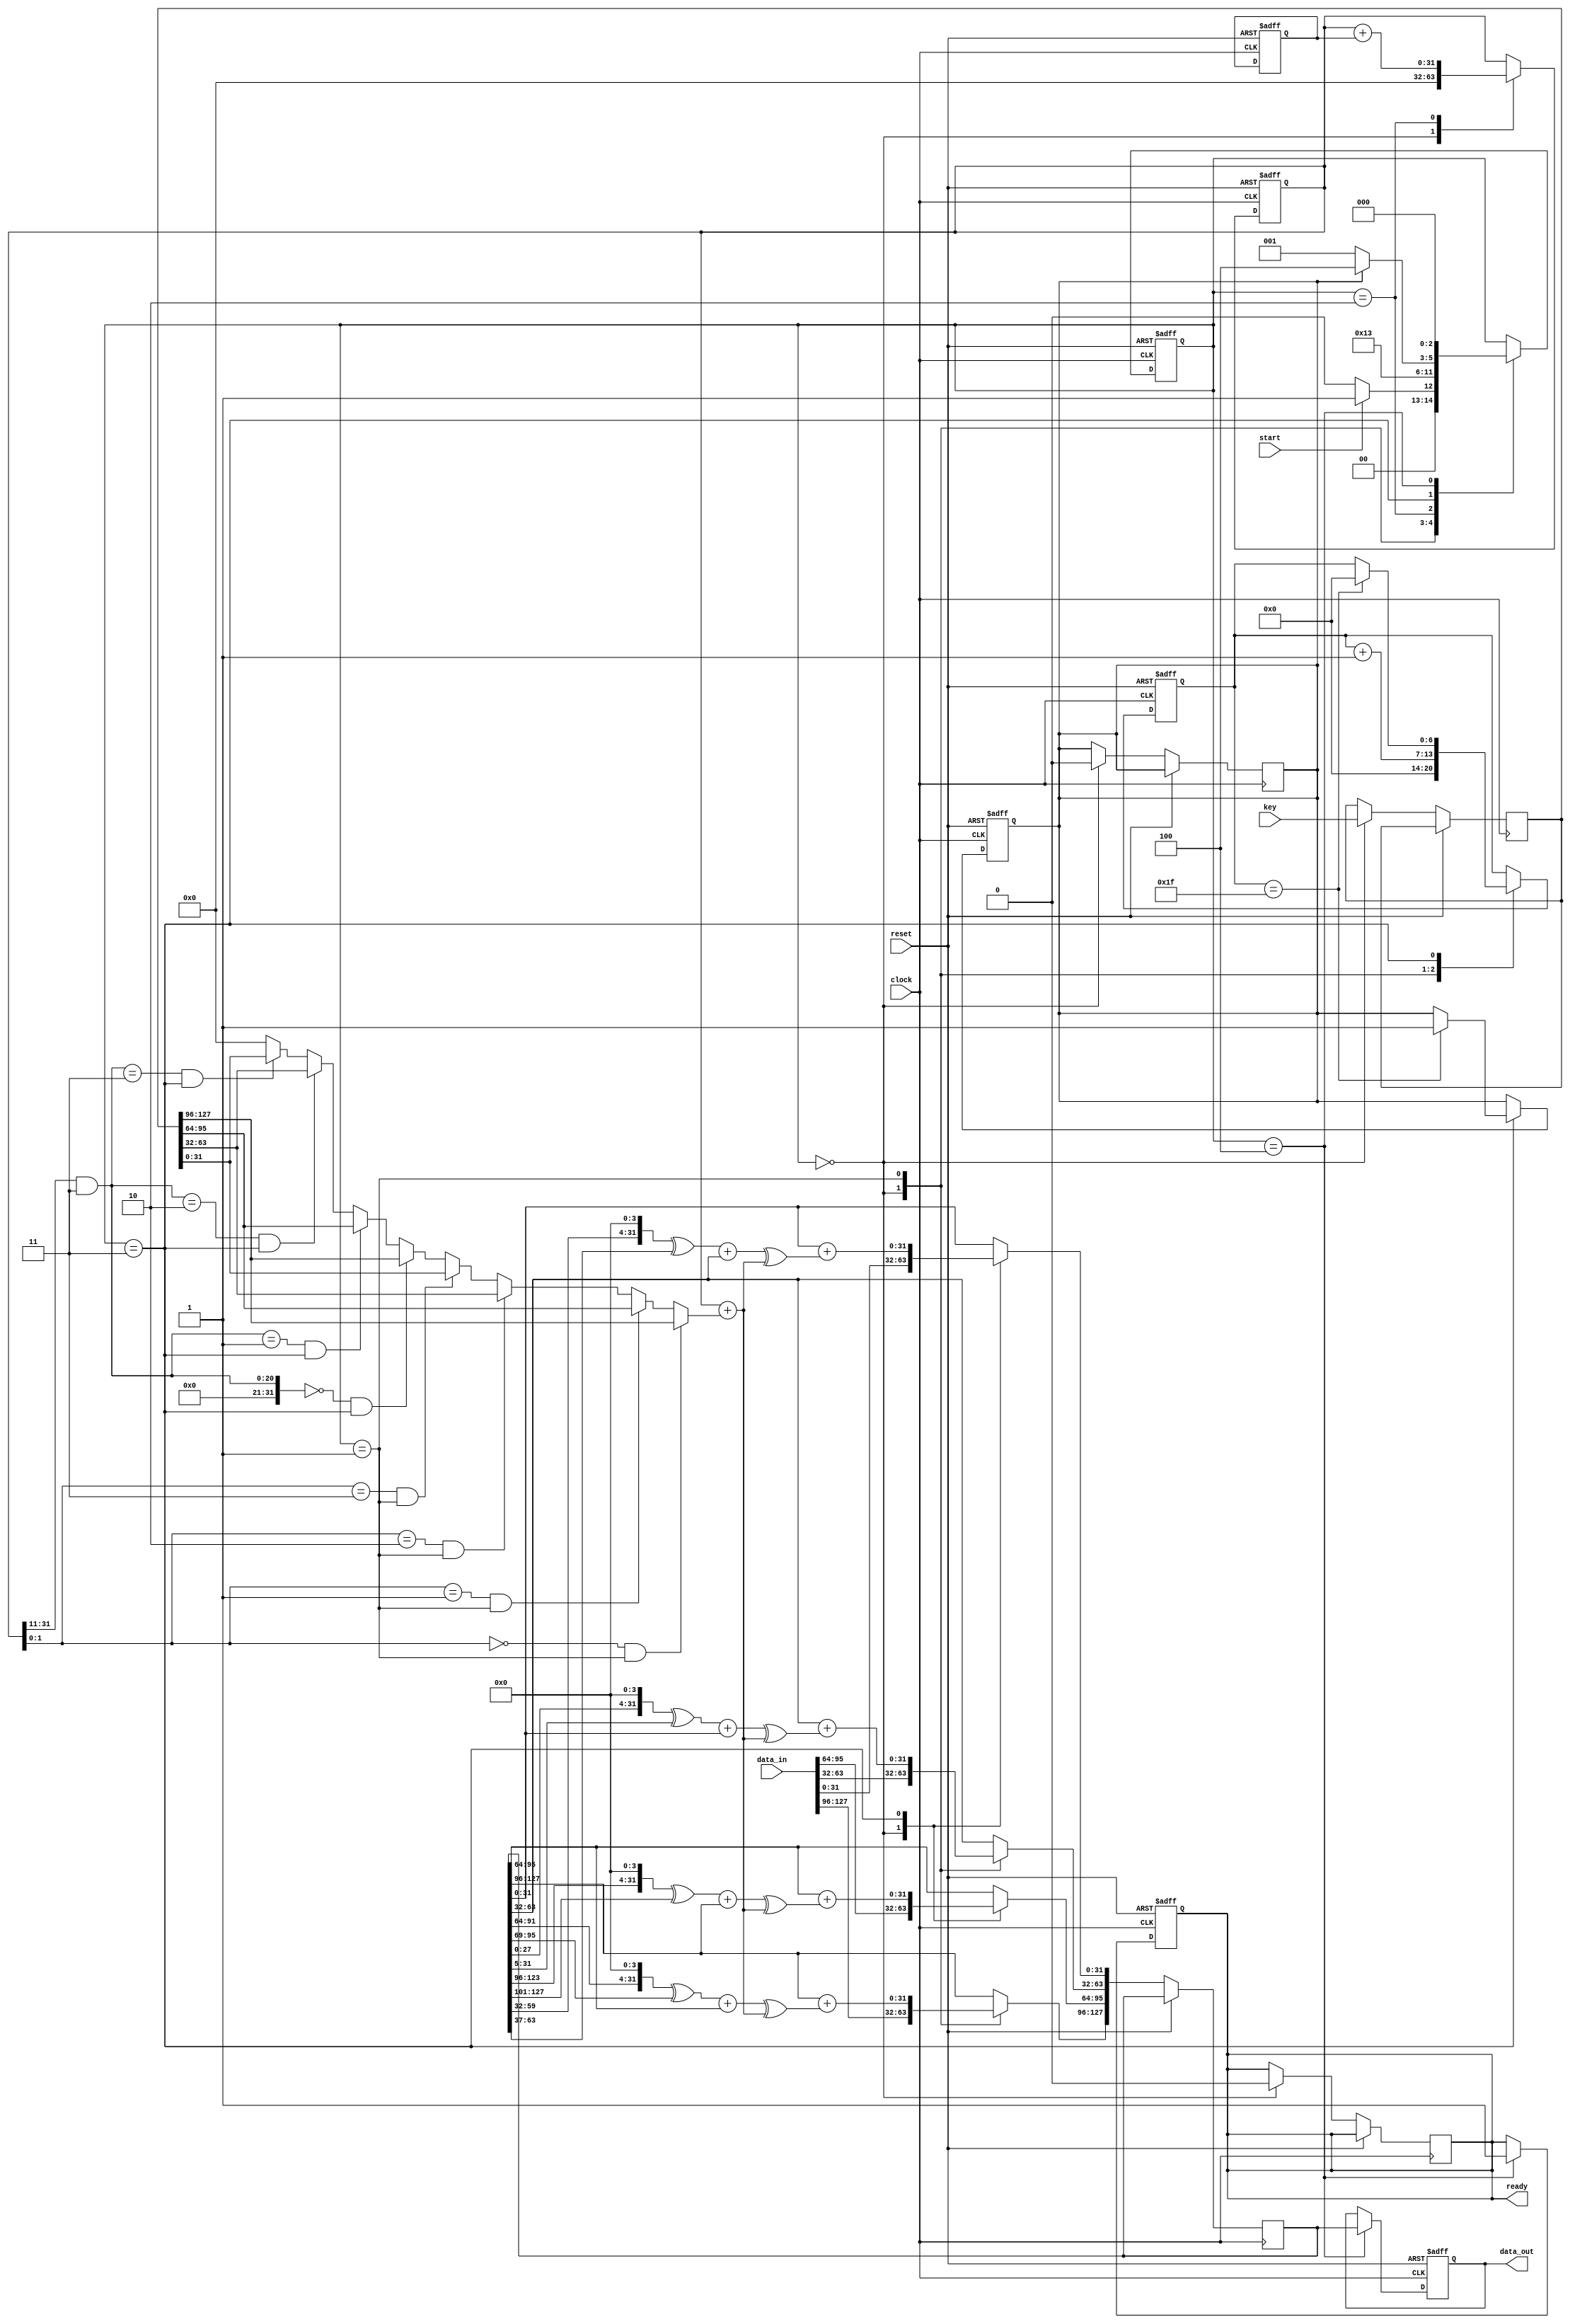
module xtea_enc#(parameter 
    WORD_SIZE = 128
)(
    input clock,
    input reset,
    input [(WORD_SIZE-1):0] data_in, key,
    input start,

    output ready,
    output [(WORD_SIZE-1):0]data_out
);

localparam  S_WAITING = 3'B000,
        S_ENC_PHASE_1 = 3'B001,
            S_ENC_SUM = 3'B010,
        S_ENC_PHASE_2 = 3'B011,
              S_READY = 3'B100;
              


wire [31:0] valor0, valor1;
reg ready_int, enc_done;
reg [2:0] EA;
reg [6:0] count;
reg [(WORD_SIZE-1):0]data_out_int;
reg [(WORD_SIZE-1):0]data_encrypted;
reg [(WORD_SIZE-1):0]key_int;
wire [(WORD_SIZE/4-1):0]key_word;

reg [31:0] sum, delta;
wire [31:0]y0,z0,y1,z1,k0,k1,k2,k3;
assign ready = ready_int;
assign k3 = key_int[31:0];
assign k2 = key_int[63:32];
assign k1 = key_int[95:64];
assign k0 = key_int[127:96];
assign y0 = data_encrypted[127:96];
assign z0 = data_encrypted[95:64];
assign y1 = data_encrypted[63:32];
assign z1 = data_encrypted[31:0];

assign key_word =  (sum[1:0]==2'b00) && EA == S_ENC_PHASE_1 ? k0:
                   (sum[1:0]==2'b01) && EA == S_ENC_PHASE_1 ? k1:
                   (sum[1:0]==2'b10) && EA == S_ENC_PHASE_1 ? k2:
                   (sum[1:0]==2'b11) && EA == S_ENC_PHASE_1 ? k3:
                   ((sum>>11 & 2'b11)==2'b00) && EA == S_ENC_PHASE_2 ? k0:
                   ((sum>>11 & 2'b11)==2'b01) && EA == S_ENC_PHASE_2 ? k1:
                   ((sum>>11 & 2'b11)==2'B10) && EA == S_ENC_PHASE_2 ? k2:
                   ((sum>>11 & 2'b11)==2'b11) && EA == S_ENC_PHASE_2 ? k3: 0;





always @(posedge clock or posedge reset) begin
    if (reset) begin
        EA <= S_WAITING;
    end else begin
        case (EA)
            S_WAITING: begin
                ready_int <= 0;
                enc_done <= 0;
                if (start) begin
                    EA <= S_ENC_PHASE_1;
                end else begin
                    EA <= S_WAITING;
                end
            end
            S_ENC_PHASE_1: begin                
                EA <= S_ENC_SUM;
            end
            S_ENC_SUM: begin
                EA <= S_ENC_PHASE_2;
            end
            S_ENC_PHASE_2: begin
                if (enc_done) begin
                    EA <= S_READY;
                end else begin
                    EA <= S_ENC_PHASE_1;
                end
            end
            S_READY: begin
                EA <= S_WAITING;
            end
        endcase
    end
end

always @(posedge clock or posedge reset) begin
    if (reset) begin
        count <= 0;
        data_out_int <= 0;
        sum <= 0;
        delta <= 32'h9E3779B9;
        ready_int <= 0;
        enc_done <= 0;
    end else begin
        case (EA)
            S_WAITING: begin
                data_encrypted <= data_in;
                key_int <= key;
                sum <= 0;
                count <= 0;
            end
            S_ENC_PHASE_1: begin
                count <= count + 1;
                data_encrypted[127:96] <= y0+ ((((z0 << 4) ^ (z0 >> 5)) + z0) ^ (sum + key_word));
                data_encrypted[63:32]  <= y1+ ((((z1 << 4) ^ (z1 >> 5)) + z1) ^ (sum + key_word));
            end
            S_ENC_SUM: begin
                sum <= sum + delta;    
            end
            S_ENC_PHASE_2: begin
                 data_encrypted[95:64]  <= z0+ ((((y0 << 4) ^ (y0 >> 5)) + y0) ^ (sum + key_word));
                data_encrypted[31:0] <= z1+ ((((y1 << 4) ^ (y1 >> 5)) + y1) ^ (sum + key_word));
                if(count == 31) begin
                    count <= 0;
                    enc_done <= 1;
                end
                 
                
            end
            S_READY: begin
                data_out_int <= data_encrypted;
                ready_int <= 1;
            end
        endcase
    end
end

assign data_out = data_out_int;


endmodule